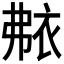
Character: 𬡐